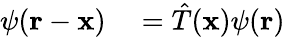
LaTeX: \begin{array}{rl}{\psi(\mathbf{r}-\mathbf{x})}&{{}={\hat{T}}(\mathbf{x})\psi(\mathbf{r})}\end{array}